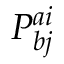
P _ { b j } ^ { a i }